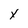
Character: X